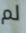
لم